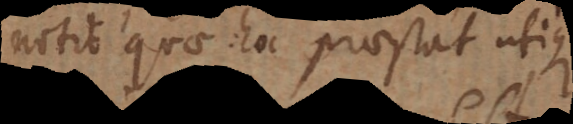
notio quae hoc praestat utique